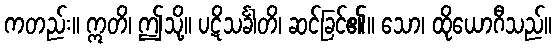
ကတည်း။ ဣတိ၊ ဤသို့။ ပဋိသင်္ခါတိ၊ ဆင်ခြင်၏။ သော၊ ထိုယောဂီသည်။